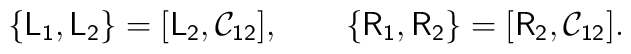
\{\mathsf{L_1} , \mathsf{L_2} \} = [\mathsf{L_2} ,\mathsf{\mathcal{C}_{12}}], \qquad \{\mathsf{R_1} , \mathsf{R_2}\} = [\mathsf{R_2} , \mathsf{\mathcal{C}_{12}}].